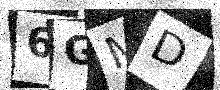
Text: 6GMD